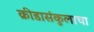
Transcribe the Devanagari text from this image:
क्रीडासंकुलाचा